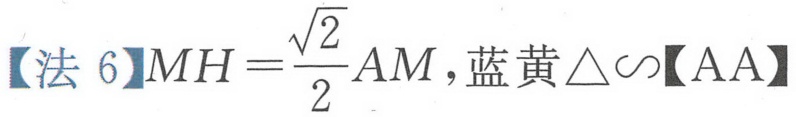
【法 6】$MH=\frac{\sqrt{2}}{2}AM$, 蓝黄$\triangle\sim$【AA】